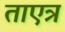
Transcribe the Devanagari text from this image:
ताएत्र